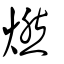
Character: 𤓉